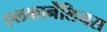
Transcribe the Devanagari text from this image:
एलकार्नेंलियस